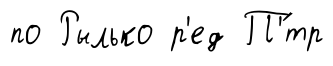
по Рылько р'ед П'́тр